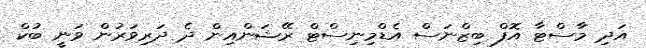
އަދި މާސްޓާ އޮފް ބިޒްނަސް އެޑްމިނިސްޓް ރޭޝަންއިން ދެ ދަރިވަރުން ވަނީ ބުކް